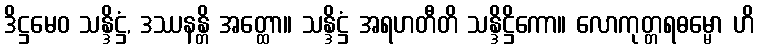
ဒိဋ္ဌမေဝ သန္ဒိဋ္ဌံ, ဒဿနန္တိ အတ္ထော။ သန္ဒိဋ္ဌံ အရဟတီတိ သန္ဒိဋ္ဌိကော။ လောကုတ္တရဓမ္မော ဟိ